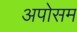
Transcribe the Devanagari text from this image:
अपोसम